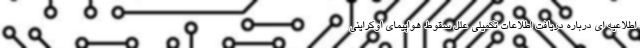
اطلاعیه ای درباره دریافت اطلاعات تکمیلی علل سقوط هواپیمای اوکراینی